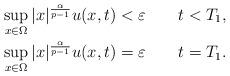
LaTeX: \begin{align*}&\sup_{x\in\Omega} |x|^{\frac{\alpha}{p-1}}u(x,t)<\varepsilon\qquad t<T_1,\\&\sup_{x\in\Omega} |x|^{\frac{\alpha}{p-1}}u(x,t)=\varepsilon \qquad t=T_1.\end{align*}